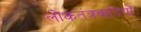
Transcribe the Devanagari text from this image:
लोकतंत्रवादियों